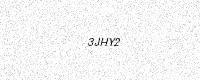
Text: 3JHY2